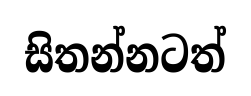
සිතන්නටත්